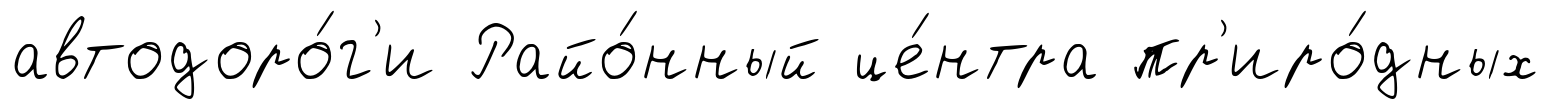
автодоро́г'и Райо́нный це́нтра пр'иро́дных